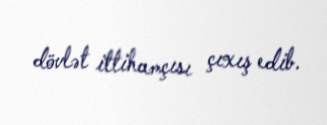
dövlət ittihamçısı çıxış edib.